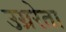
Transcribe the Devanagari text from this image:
उग्ररेता